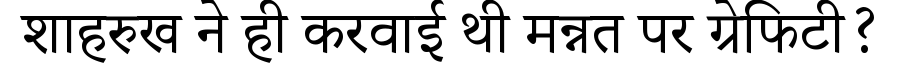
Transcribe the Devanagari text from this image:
शाहरुख ने ही करवाई थी मन्नत पर ग्रेफिटी?